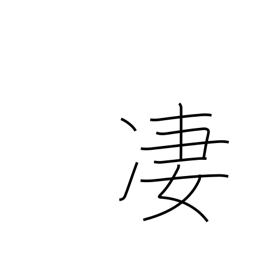
Meaning: horrible